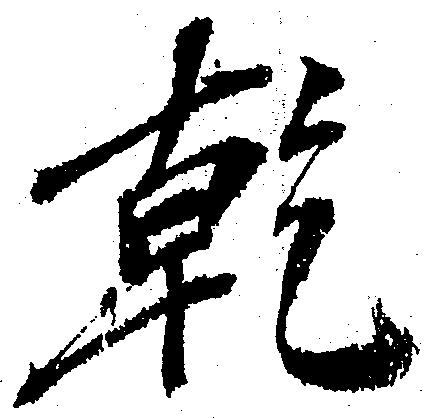
乾